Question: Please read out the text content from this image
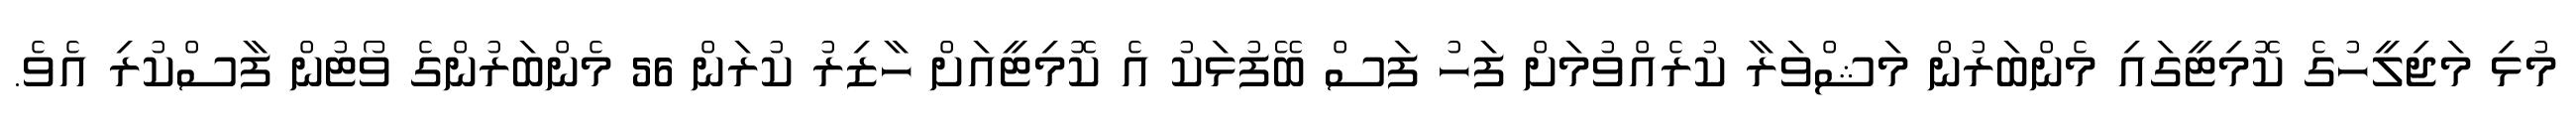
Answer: މުޅި މަޖިލީހުގެ ކޮމިޓީގައި މެންބަރުން މަޝްވަރާ ކުރެއްވުމަށް ފަހު ފަސް ބޭފުޅަކު އެ ކޮމިޓީއަށް ހާޒިރު ކުރަން 56 މެންބަރުންގެ ވޯޓުން ފާސްކުރި އެވެ.